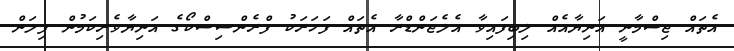
އެތައް ޖިސްމާނީ އަނިޔާއެއް ލިބިފައިވާ އެލެޖަންޑްރާ އެތައް ފަހަރަކު ފްރެންސިސްކޯގެ އަނިޔާވެރިކަމުން ފިލަން